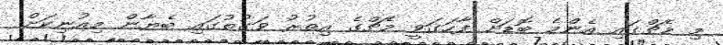
މި މެޗްގައި އެންމެ ބޮޑަށް ފާހަގަވީ މެޗްގެ އިތުރު ވަގުތުގައި ބެޔާން މިއުނިކަށް